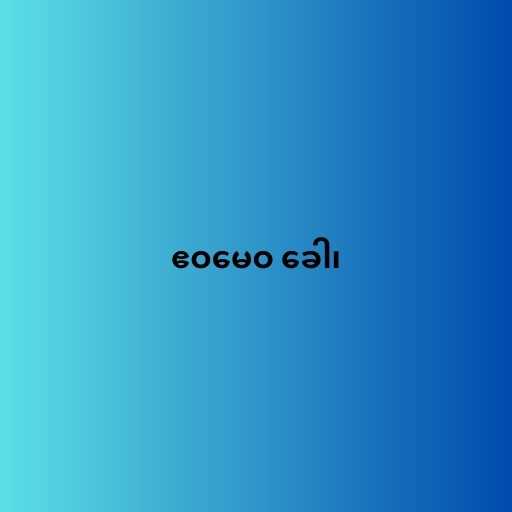
ဧဝမေဝ ခေါ၊